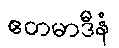
ဧတမာဒီနံ